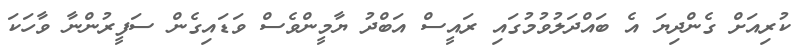
ކުރިއަށް ގެންދިޔަ އެ ބައްދަލުވުމުގައި ރައީސް އަބްދު ޔާމީންވެސް ވަޑައިގެން ސަފީރުންނާ ވާހަކަ